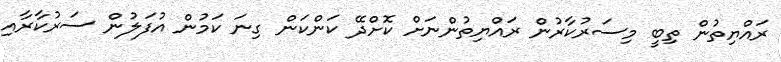
ރައްޔިތުން ތިބީ މިސަރުކާރުން ރައްޔިތުންނަށް ކޮށްދޭ ކަންކަން ގިނަ ކަމުން އުފަލުން ސަރުކާރާއި